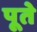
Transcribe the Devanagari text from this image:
पूते